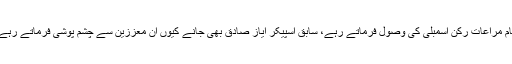
وہ تو ایوان اسمبلی میں قدم رنجا فرمانا بھی پسند نہیں فرماتے تھے مگر تمام مراعات رکن اسمبلی کی وصول فرماتے رہے، سابق اسپیکر ایاز صادق بھی جانے کیوں ان معززین سے چشم پوشی فرماتے رہے ورنہ تو ان کی پارٹی کے تمام ممبران نااہل قرار دیے جانے چاہیے تھے۔